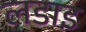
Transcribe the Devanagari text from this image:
लडाइ